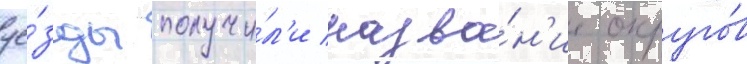
уе́зды получи́л'и назва́н'ие округо́в